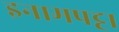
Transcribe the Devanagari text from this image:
इनामपट्टा